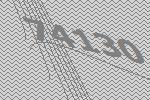
74130